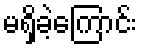
မရှိခဲ့ကြောင်း